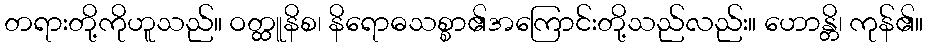
တရားတို့ကိုဟူသည်။ ဝတ္ထူနိစ၊ နိရောဓသစ္စာ၏အကြောင်းတို့သည်လည်း။ ဟောန္တိ၊ ကုန်၏။